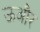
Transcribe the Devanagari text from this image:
ऊऔर